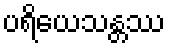
ပရိယေသန္တဿ